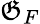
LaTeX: \mathfrak{G}_{F}